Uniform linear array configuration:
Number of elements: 12
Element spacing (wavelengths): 0.75
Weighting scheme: blackman
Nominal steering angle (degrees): -60
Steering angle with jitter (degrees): -59.796
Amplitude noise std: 0.05
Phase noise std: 0.05

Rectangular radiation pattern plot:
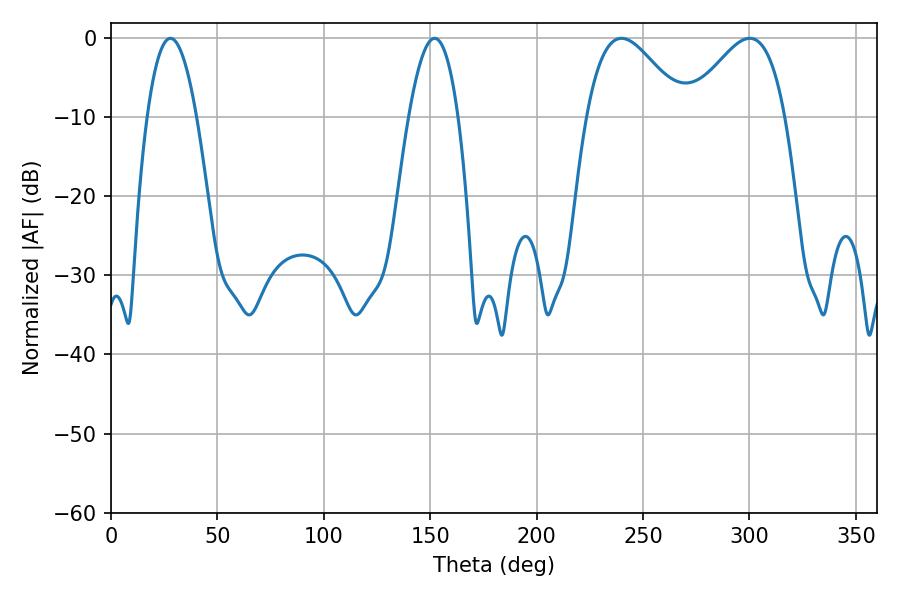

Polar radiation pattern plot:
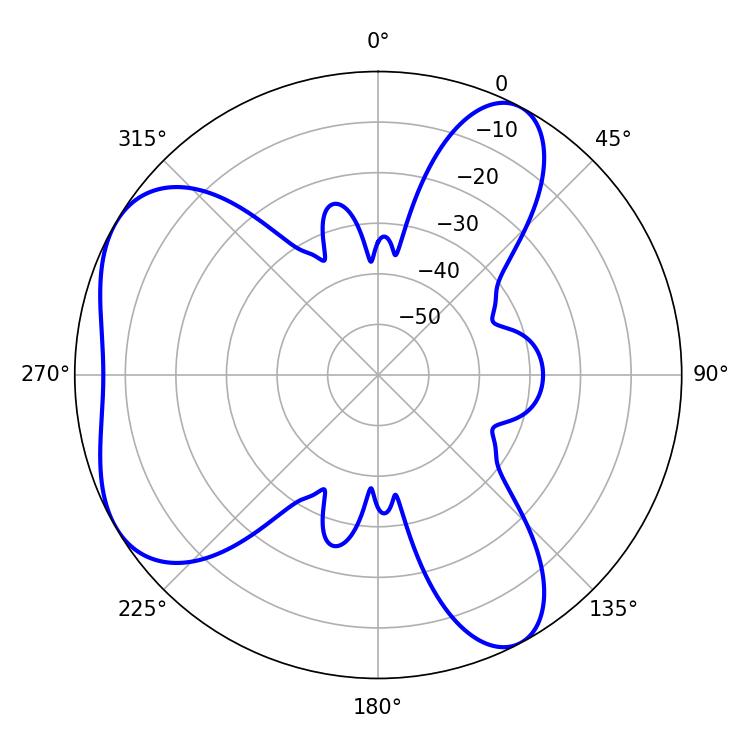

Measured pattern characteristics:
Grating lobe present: TRUE
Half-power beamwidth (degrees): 12.78
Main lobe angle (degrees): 27.9